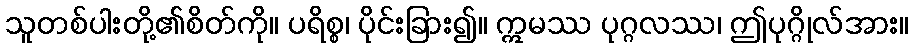
သူတစ်ပါးတို့၏စိတ်ကို။ ပရိစ္စ၊ ပိုင်းခြား၍။ ဣမဿ ပုဂ္ဂလဿ၊ ဤပုဂ္ဂိုလ်အား။